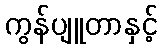
ကွန်ပျူတာနှင့်